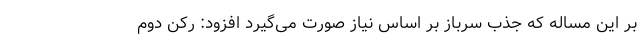
بر این مساله که جذب سرباز بر اساس نیاز صورت می‌گیرد افزود: رکن دوم